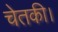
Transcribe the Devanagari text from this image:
चेतकी।